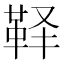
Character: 𱁳